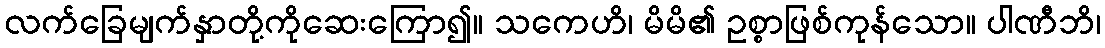
လက်ခြေမျက်နှာတို့ကိုဆေးကြော၍။ သကေဟိ၊ မိမိ၏ ဥစ္စာဖြစ်ကုန်သော။ ပါဏီဘိ၊